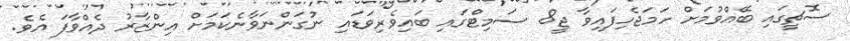
ސޮޗީގައި ބޭއްވުމަށް ހަމަޖެހިފައިވާ ޖީ8 ސަމިޓްގައި ބައިވެރިވަޑައި ނުގަންނަވާނެކަމަށް އިންޒާރު ދެއްވާފަ އެވެ.